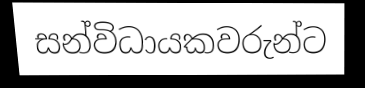
සන්විධායකවරුන්ට